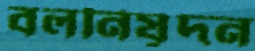
বলনিষূদন